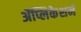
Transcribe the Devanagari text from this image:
ॲप्लिकेशने